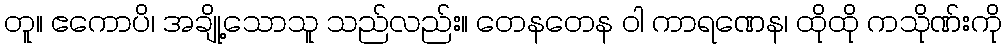
တူ။ ဧကောပိ၊ အချို့သောသူ သည်လည်း။ တေနတေန ဝါ ကာရဏေန၊ ထိုထို ကသိုဏ်းကို